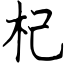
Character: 杞